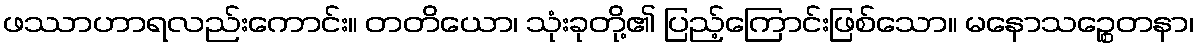
ဖဿာဟာရလည်းကောင်း။ တတိယော၊ သုံးခုတို့၏ ပြည့်ကြောင်းဖြစ်သော။ မနောသဉ္စေတနာ၊